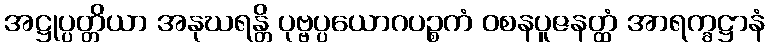
အဋ္ဌုပ္ပတ္တိယာ အနုဃရန္တိ ပုဗ္ဗပ္ပယောဂပဉ္စကံ ဝစနပူဇနတ္ထံ အာရက္ခဋ္ဌာနံ